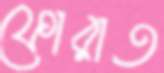
ফোরাত